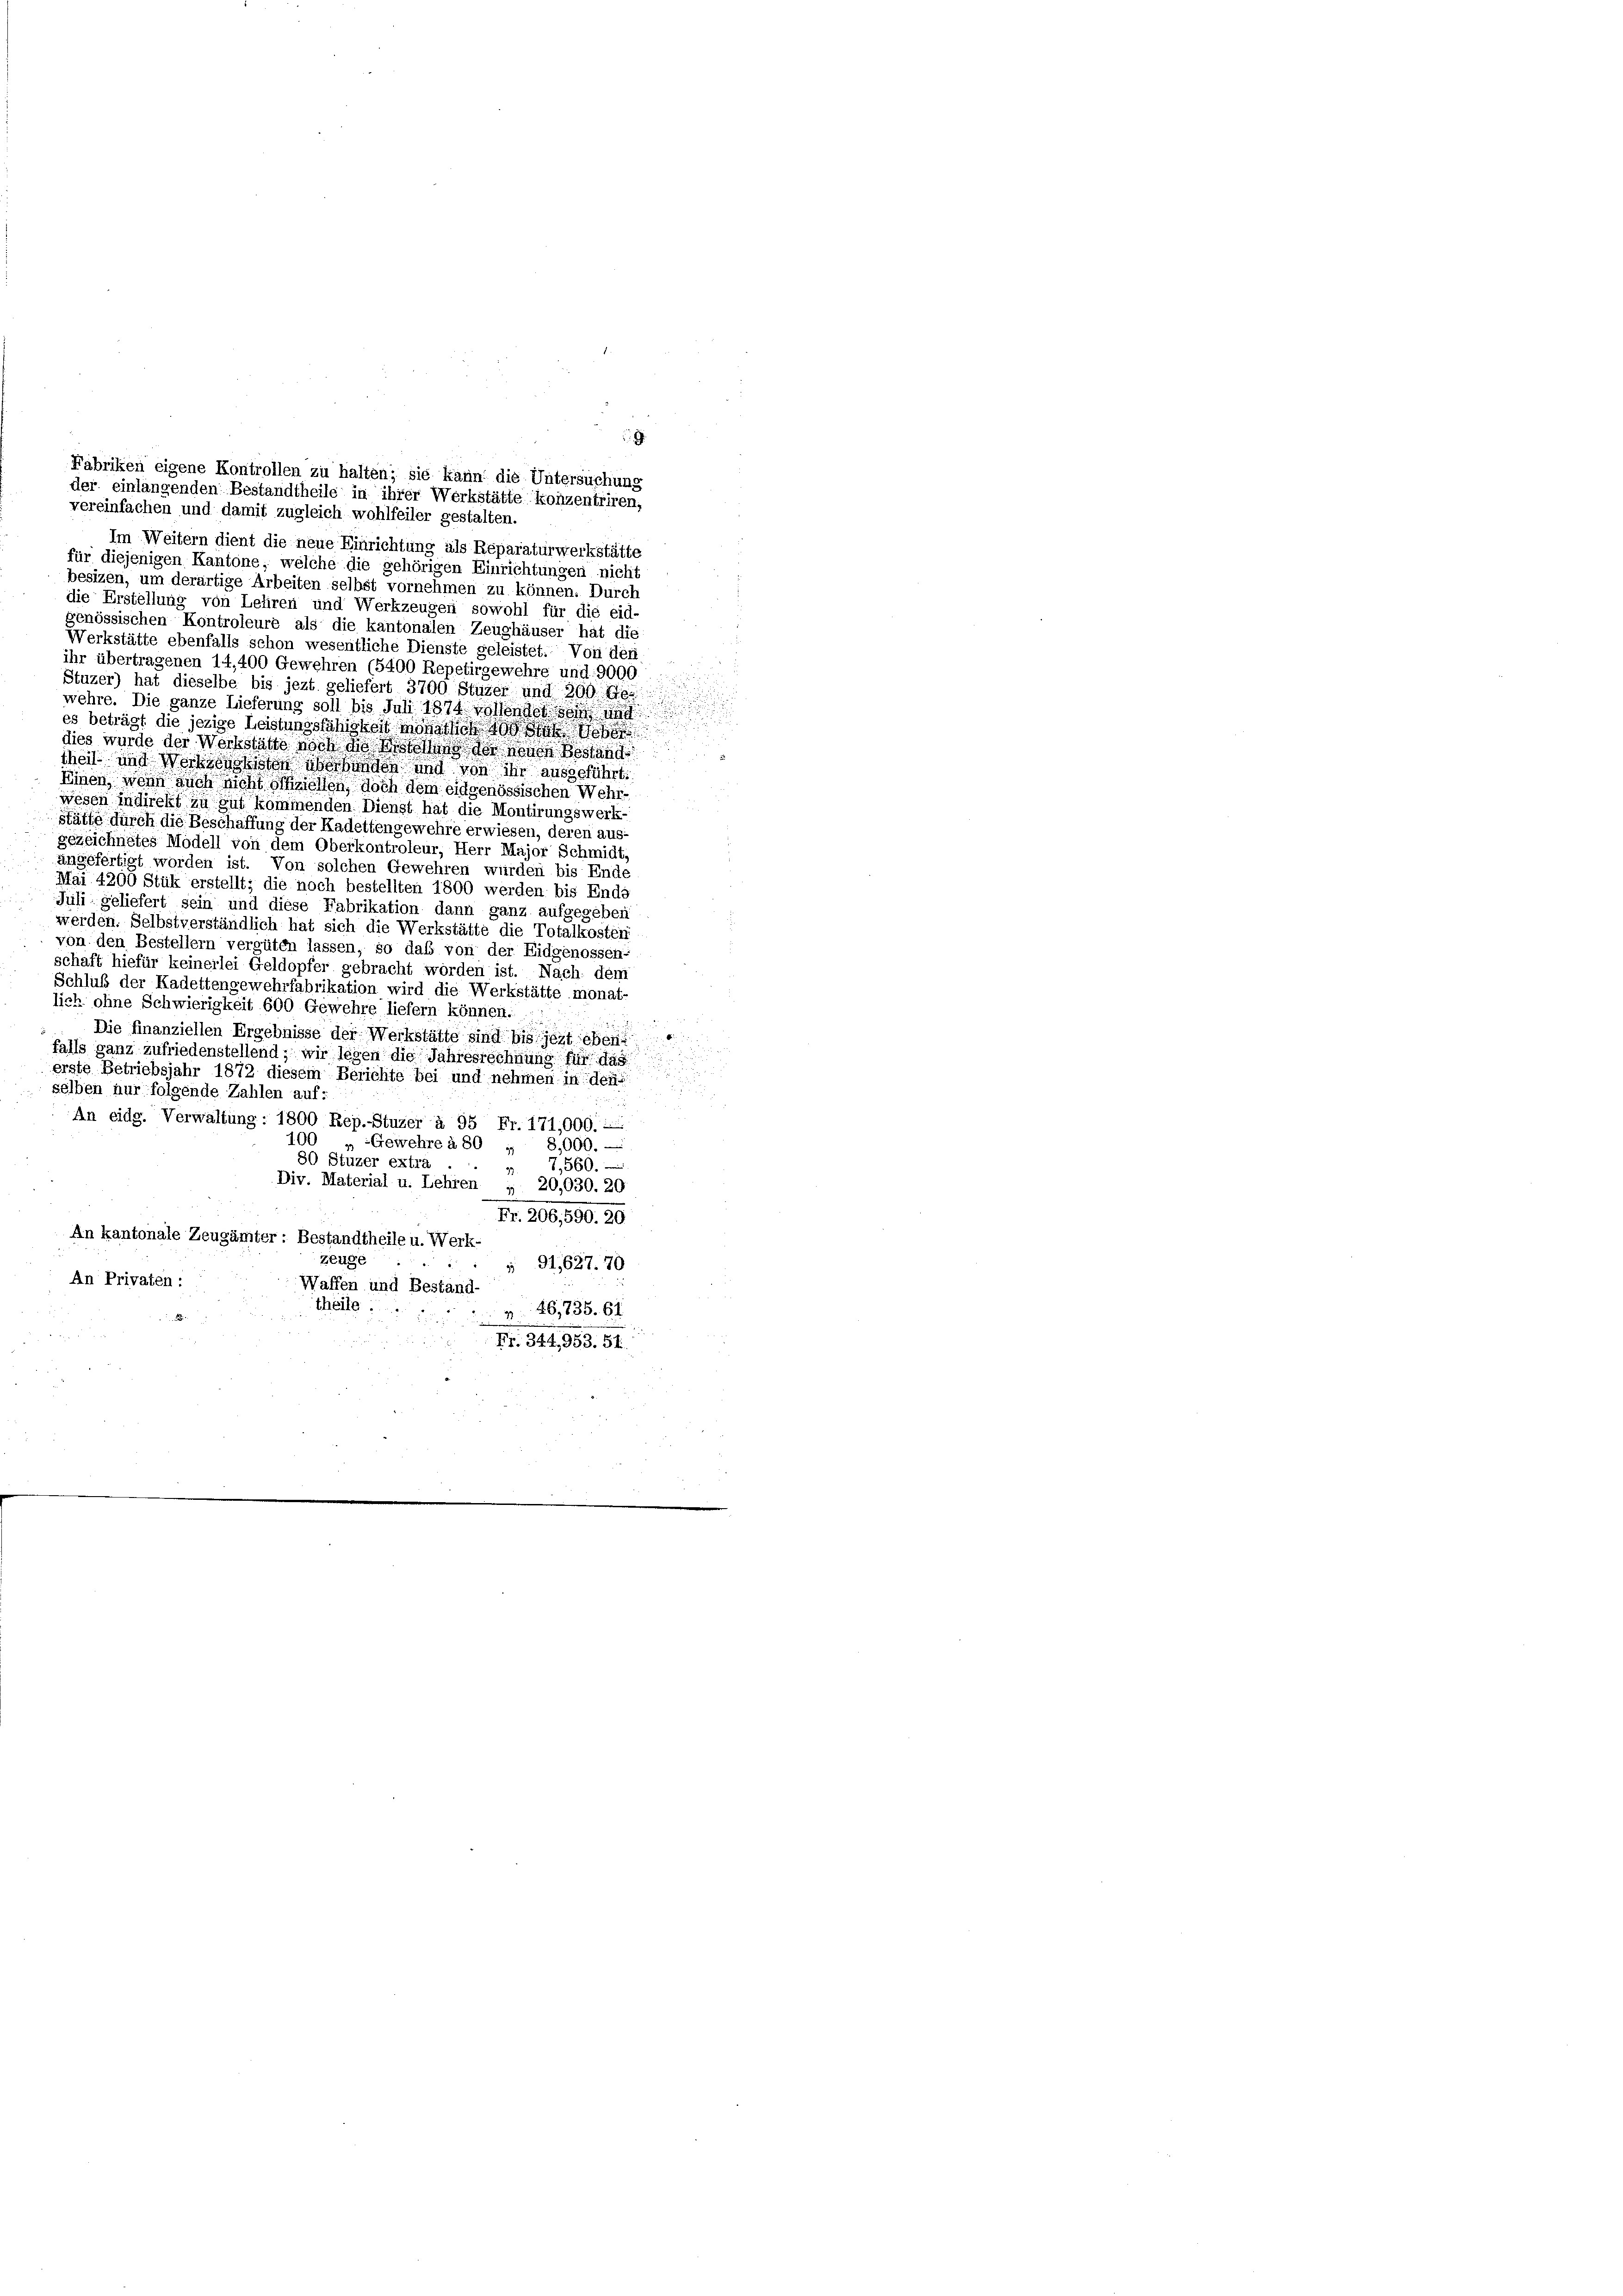
.

Im Weitern dient die neue Einrichtung als Reparaturwerkstätte
für diejenigen Kantone, welche die gehörigen Einrichtungen nicht
besizen, um derartige Arbeiten selbst vornehmen zu können. Durch
die Erstellung von Lehren und Werkzeugen sowohl für die eid-
genössischen Kontroleure als die kantonalen Zeughäuser hat die
Werkstätte ebenfalls schon wesentliche Dienste geleistet. Von den
ihr übertragenen 14,400 Gewehren (5400 Repetirgewehre und 9000.
Stuzer) hat dieselbe bis jezt geliefert 3700 Stüzer und 300 Ge
wehre. Die ganze Lieferung soll bis Juni 1874 vohendessen und
es beträgt die jezige Leistungsfähigkeit monat sich hat
dies wurde der Werkstätte noch die ist in der neuen Beständ
theil und Werthodensten überbunden und von ihr ausgeführt.
Einen, wenn auch nicht siziellen, doch dem eidgenössischen Wehrwesen indirekt zu gut kommenden Dienst hat die Montirungswerk-
stätte durch die Beschaffung der Kadettengewehre erwiesen, deren aus-
gezeichnetes Modell von dem Oberkontroleur, Herr Major Schmidt,
angefertigt worden ist. Von solchen Gewehren würden bis Ende
Mai 4200 Stük erstellt; die noch bestellten 1800 werden bis Ende
Juli geliefert sein und diese Fabrikation dann ganz aufgegeben
werden. Selbstverständlich hat sich die Werkstätte die Totalkosten
von den Bestellern vergüten lassen, so daß von der Eidgenossen-
schaft hiefür keinerlei Geldopfer gebracht worden ist. Nach dem
Schluß der Kadettengewehrfabrikation wird die Werkstätte monat-
lich ohne Schwierigkeit 600 Gewehre liefern können.
Die finanziellen Ergebnisse der Werkstätte sind bis jezt eben
falls ganz zufriedenstellend; wir legen die Jahresrechnung für das
erste Betriebsjahr 1872 diesem Berichte bei und nehmen in den
selben nur folgende Zahlen auf:
An eidg. Verwaltung: 1800 Rep.Stuzer à 95 Fr. 171,000.-
100 „Gewehre à 80 " 8,000.-
80 Stuzer extra
37,560.
Div. Material u. Lehren , 20,030. 20.
Fr. 206, 590. 20.
An kantonale Zeugämter: Bestandtheile u. Werk-
zeuge
 91,1627. 70
An Privaten:
Waffen und Beständ
theile.
46,735. 61
Fr. 344,953. 51.

Fabriken eigene Kontrollen zu halten; sie kann die Untersuchung
der einlangenden Bestandtheile in ihrer Werkstätte konzentriren,
vereinfachen und damit zugleich wohlfeiler gestalten.